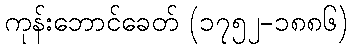
ကုန်းဘောင်ခေတ် (၁၇၅၂-၁၈၈၆)